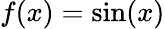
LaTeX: f(x)=\sin(x)